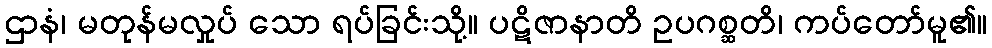
ဌာနံ၊ မတုန်မလှုပ် သော ရပ်ခြင်းသို့။ ပဋိဇာနာတိ ဥပဂစ္ဆတိ၊ ကပ်တော်မူ၏။